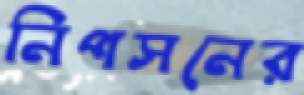
নিপসনের